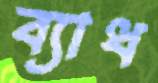
ব্যাধ